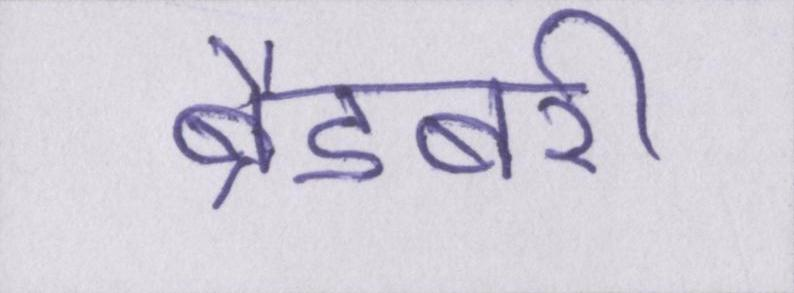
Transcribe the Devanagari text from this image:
ब्रैडबरी